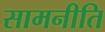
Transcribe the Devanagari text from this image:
सामनीति